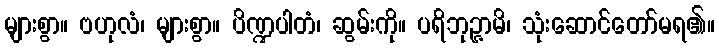
များစွာ။ ဗဟုလံ၊ များစွာ။ ပိဏ္ဍပါတံ၊ ဆွမ်းကို။ ပရိဘုဉ္ဇာမိ၊ သုံးဆောင်တော်မရ၏။